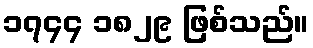
၁၇၄၄ ၁၈၂၉ ဖြစ်သည်။